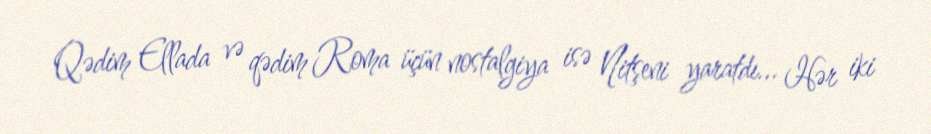
Qədim Ellada və qədim Roma üçün nostalgiya isə Nitşeni yaratdı... Hər iki